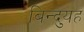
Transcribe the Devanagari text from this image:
बिन्दुयह